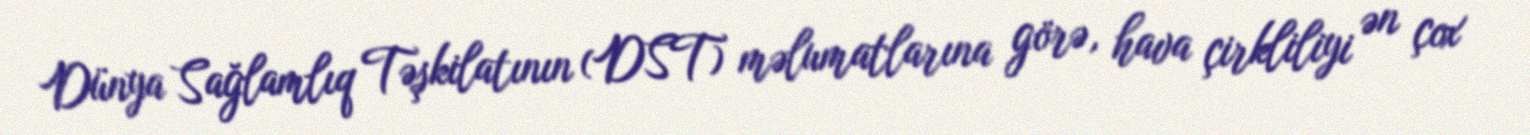
Dünya Sağlamlıq Təşkilatının (DST) məlumatlarına görə, hava çirkliliyi ən çox